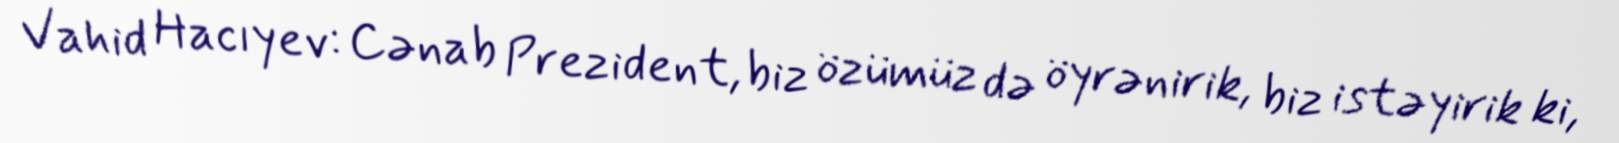
Vahid Hacıyev: Cənab Prezident, biz özümüz də öyrənirik, biz istəyirik ki,